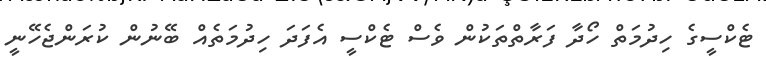
ޓެކްސީގެ ހިދުމަތް ހޯދާ ފަރާތްތަކުން ވެސް ޓެކްސީ އެފަދަ ހިދުމަތެއް ބޭނުން ކުރަންޖެހޭނީ